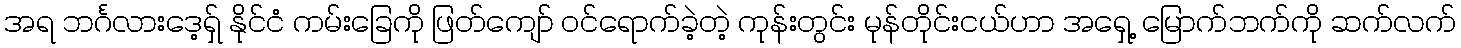
အရ ဘင်္ဂလားဒေ့ရှ် နိုင်ငံ ကမ်းခြေကို ဖြတ်ကျော် ၀င်ရောက်ခဲ့တဲ့ ကုန်းတွင်း မုန်တိုင်းငယ်ဟာ အရှေ့ မြောက်ဘက်ကို ဆက်လက်